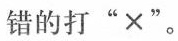
错的打“×".